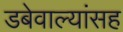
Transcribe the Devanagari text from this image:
डबेवाल्यांसह